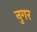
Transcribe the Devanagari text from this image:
नुगर